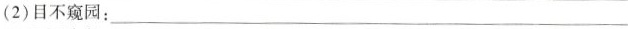
(2)目不窥园；_